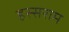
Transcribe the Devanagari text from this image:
हस्सराम